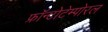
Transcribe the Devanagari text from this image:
फ्रॉन्टोटेम्पोरल